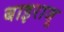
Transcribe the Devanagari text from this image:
बाइराजू